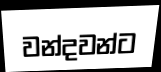
වන්දවන්ට